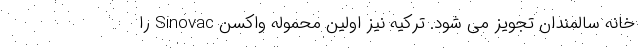
خانه سالمندان تجویز می شود. ترکیه نیز اولین محموله واکسن Sinovac را